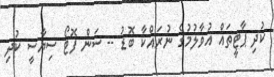
ކުދި ޕާޓީތައް އުވާލުމުގެ ނުރައްކާ ބޮޑު -- ސަން ފޮޓޯ ސިޔާސީ ކުދި